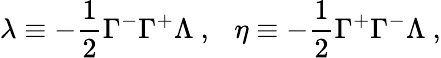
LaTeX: \lambda\equiv-\frac{1}{2}\Gamma^{-}\Gamma^{+}\Lambda~,~~~\eta\equiv-\frac{1}{2}\Gamma^{+}\Gamma^{-}\Lambda~,